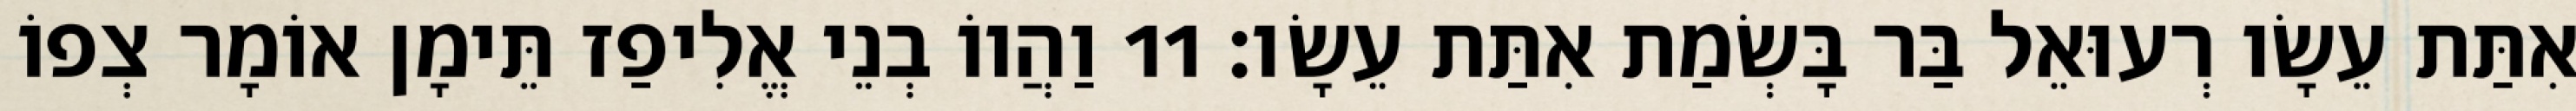
אִתַּת עֵשָׂו רְעוּאֵל בַּר בָּשְׂמַת אִתַּת עֵשָׂו׃ 11 וַהֲווֹ בְנֵי אֱלִיפַז תֵּימָן אוֹמָר צְפוֹ